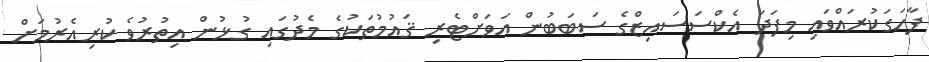
ފާހަގަކުރައްވައި މިފަދަ އެކްސަސައިޒްގެ ސަބަބުން އަވަށްޓެރި ޤައުމުތަކުގެ މެދުގައި ގުޅުން އިތުރުވެ ކުރިއެރުމަށް